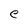
Character: e